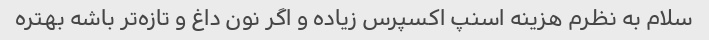
سلام به نظرم هزینه اسنپ اکسپرس زیاده و اگر نون داغ و تازه‌تر باشه بهتره